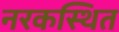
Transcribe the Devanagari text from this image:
नरकस्थित